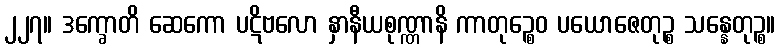
၂၂၇။ ဒက္ခောတိ ဆေကော ပဋိဗလော နှာနီယစုဏ္ဏာနိ ကာတုဉ္စေဝ ပယောဇေတုဉ္စ သန္နေတုဉ္စ။